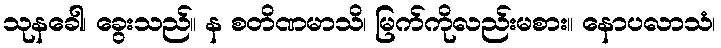
သုနခေါ၊ ခွေးသည်။ န စတိဏမာသိ၊ မြက်ကိုလည်းမစား။ နောပလာသံ၊